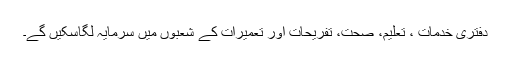
دفتری خدمات ، تعلیم، صحت، تفریحات اور تعمیرات کے شعبوں میں سرمایہ لگاسکیں گے۔